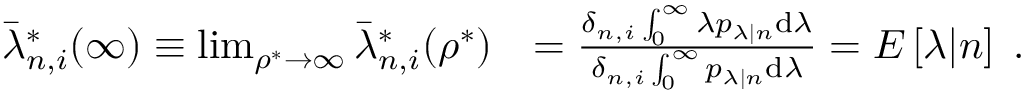
\begin{array} { r l } { \bar { \lambda } _ { n , i } ^ { * } ( \infty ) \equiv \operatorname* { l i m } _ { \rho ^ { * } \to \infty } \bar { \lambda } _ { n , i } ^ { * } ( \rho ^ { * } ) } & { = \frac { \delta _ { n , i } \int _ { 0 } ^ { \infty } \lambda p _ { \lambda | n } \mathrm { d } \lambda } { \delta _ { n , i } \int _ { 0 } ^ { \infty } p _ { \lambda | n } \mathrm { d } \lambda } = E \left[ \lambda | n \right] \; . } \end{array}